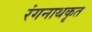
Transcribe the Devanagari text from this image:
रंगनाथकृत